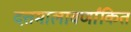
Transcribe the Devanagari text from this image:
दत्तमालावर्णांकित